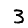
Digit: 3